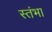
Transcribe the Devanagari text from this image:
स्तंभा